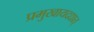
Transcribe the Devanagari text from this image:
प्रमुखायदद्यात्